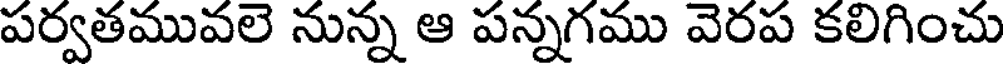
పర్వతమువలె నున్న ఆ పన్నగము వెరప కలిగించు